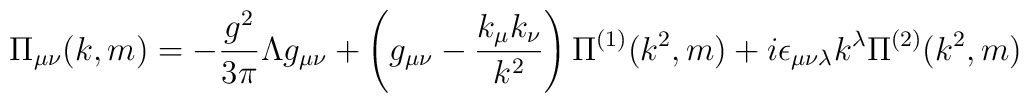
\Pi_{\mu\nu}(k,m)=-\frac{g^2}{3\pi}\Lambda g_{\mu\nu}+\left(g_{\mu\nu}-\frac{k_\mu k_\nu}{k^2}\right)\Pi^{(1)}(k^2,m)+i\epsilon_{\mu\nu\lambda}k^{\lambda}\Pi^{(2)}(k^2,m)